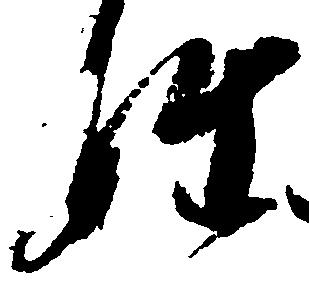
姓